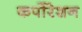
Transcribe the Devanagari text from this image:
कर्पोरेशन